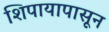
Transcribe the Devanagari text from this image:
शिपायापासून